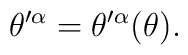
\theta^{\prime\alpha}=\theta^{\prime\alpha}(\theta).